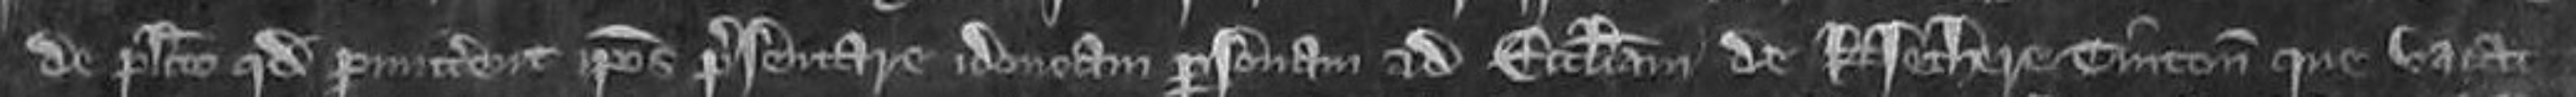
de placito quod permittant ipsos presentare idoneam personam ad ecclesiam de Nethere Tinton que vacat et ad